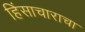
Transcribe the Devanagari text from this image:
हिंसाचाराचा